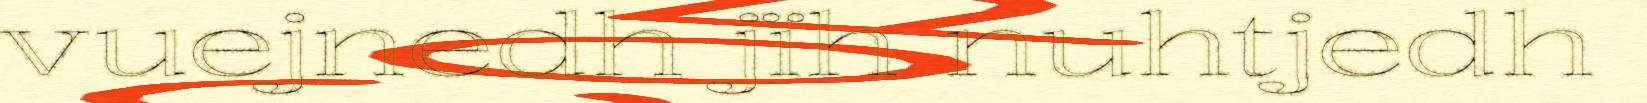
vuejnedh jïh nuhtjedh